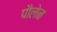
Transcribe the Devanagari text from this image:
पौलेन